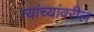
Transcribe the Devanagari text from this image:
त्यांच्यांवरील